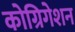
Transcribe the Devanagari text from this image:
कोग्रिगेशन